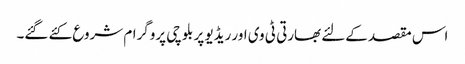
اس مقصد کےلئے بھارتی ٹی وی اور ریڈیو پر بلوچی پروگرام شروع کئے گئے۔